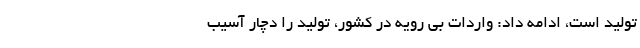
تولید است، ادامه داد: واردات بی رویه در کشور، تولید را دچار آسیب